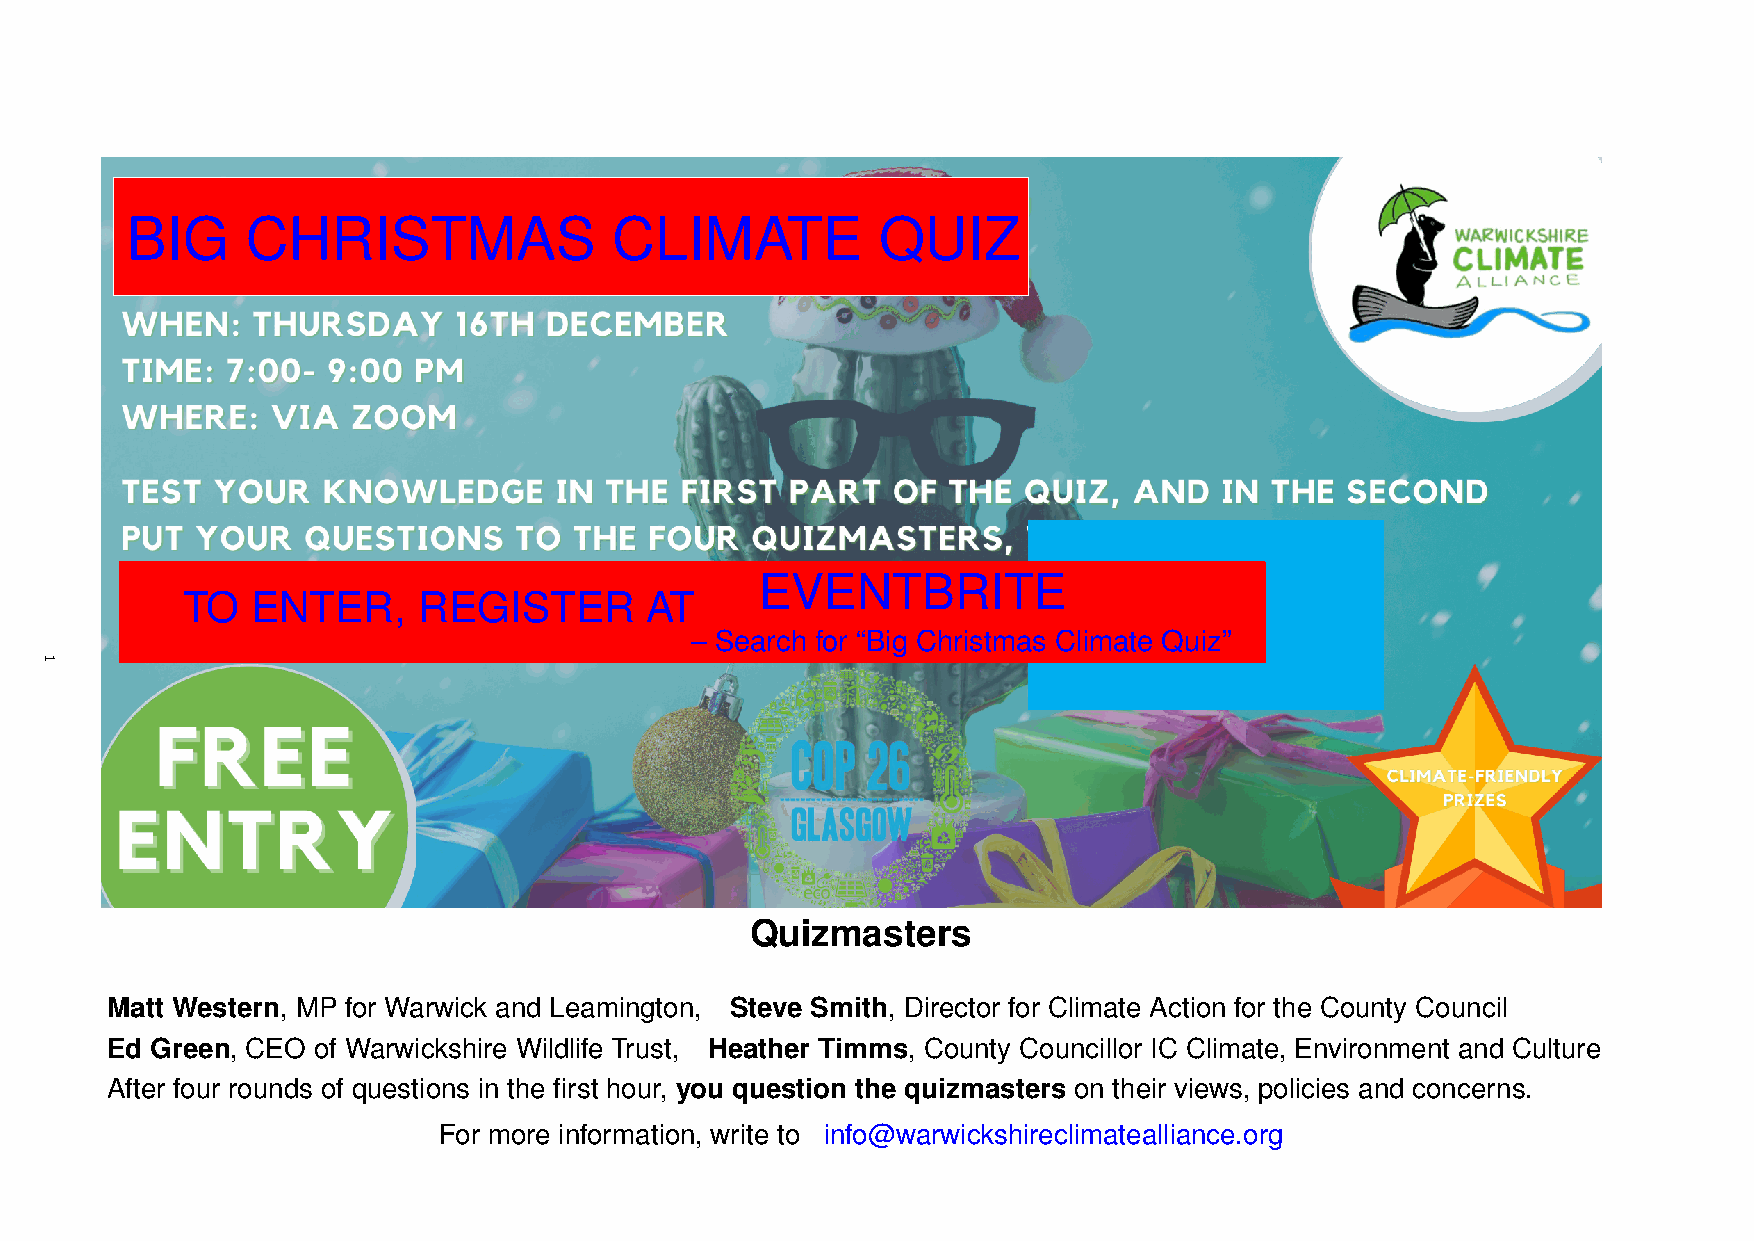
BIG     CHRISTMAS                CLIMATE          QUIZ
 EVENTBRITE
 TO   ENTER,     REGISTER       AT
 – Search for “Big Christmas Climate Quiz”
 Quizmasters
 Matt Western, MP for Warwick and Leamington, Steve Smith, Director for Climate Action for the County Council
 Ed Green, CEO of Warwickshire Wildlife Trust, Heather Timms, County Councillor IC Climate, Environment and Culture
 After four rounds of questions in the first hour, you question the quizmasters on their views, policies and concerns.
 For more information, write to info@warwickshireclimatealliance.org
 1
 1
 1
 1
 1
 1